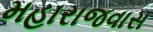
મહારાજવાસ